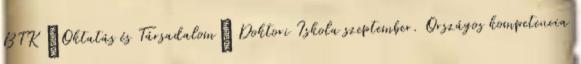
BTK „Oktatás és Társadalom” Doktori Iskola szeptember. Országos kompetencia